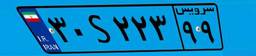
۹۵S۸۰۱۶۹